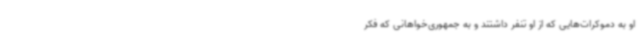
او به دموکرات‌هایی که از او تنفر داشتند و به جمهوری‌خواهانی که فکر